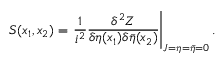
{ \cal S } ( x _ { 1 } , x _ { 2 } ) = \left. \frac { 1 } { i ^ { 2 } } \frac { \delta ^ { 2 } Z } { \delta \eta ( x _ { 1 } ) \delta \bar { \eta } ( x _ { 2 } ) } \right| _ { J = \eta = \bar { \eta } = 0 } .